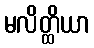
မလိတ္ထိယာ